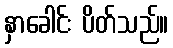
နှာခေါင်း ပိတ်သည်။